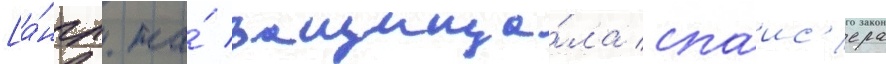
[а́нгл. на́ защища́ла спаис'ера